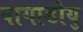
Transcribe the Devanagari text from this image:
वागाडोयु